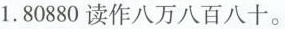
1. 80880读作八万八百八十。